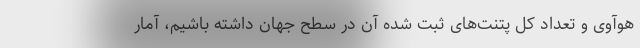
هوآوی و تعداد کل پتنت‌های ثبت شده آن در سطح جهان داشته باشیم، آمار